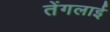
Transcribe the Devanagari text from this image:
तेंगलाई